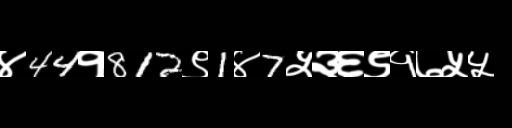
Text: ४44१812९1४7५३६९१७५५